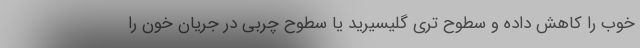
خوب را کاهش داده و سطوح تری گلیسیرید یا سطوح چربی در جریان خون را